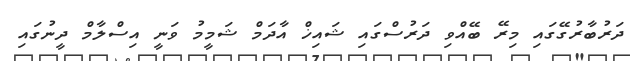
ދަރުބާރުގޭގައި މިރޭ ބޭއްވި ދަރުސްގައި ޝައިޚް އާދަމް ޝަމީމު ވަނީ އިސްލާމް ދީނުގައި